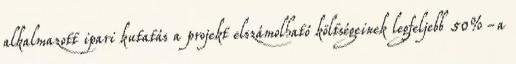
alkalmazott ipari kutatás a projekt elszámolható költségeinek legfeljebb 50%-a